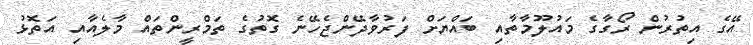
އޭގެ އިތުރުން ރޯގާގެ މައުލޫމާތާއި ބައްޔަށް ފަރުވާދޭންޖެހޭނެ ގޮތުގެ ތަމްރީންތައް މާލެއާއި އަތޮޅު